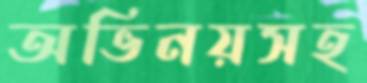
অভিনয়সহ